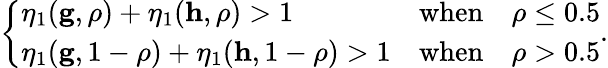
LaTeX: \begin{array}{r}{\left\{ \begin{array}{ll}{\eta_{1}(\mathbf{g},\rho)+\eta_{1}(\mathbf{h},\rho)>1}&{\mathrm{when}\quad\rho\leq 0.5}\\ {\eta_{1}(\mathbf{g},1-\rho)+\eta_{1}(\mathbf{h},1-\rho)>1}&{\mathrm{when}\quad\rho>0.5}\end{array}\right..}\end{array}